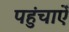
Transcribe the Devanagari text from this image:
पहुंचाऐँ